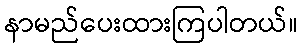
နာမည်ပေးထားကြပါတယ်။